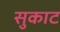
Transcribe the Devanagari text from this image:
सुकाट